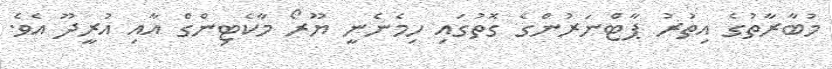
މުބާރާތުގެ އިތުރު ޕާޓްނަރުންގެ ގޮތުގައި ހިމެނެނީ ޔޫރޯ މާކެޓިންގް އާއި އުރީދޫ އެވެ.